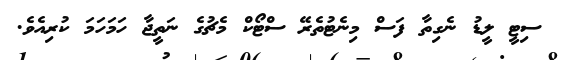
ސިޓީ ލީޑު ނެގިތާ ފަސް މިނެޓުތެރޭ ސްޓޯކް މެޗުގެ ނަތީޖާ ހަމަހަމަ ކުރިއެވެ.